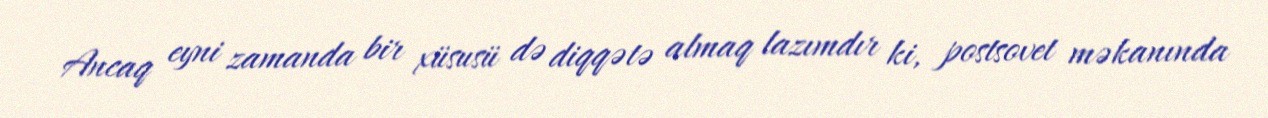
Ancaq eyni zamanda bir xüsusü də diqqətə almaq lazımdır ki, postsovet məkanında